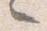
々